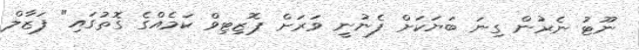
ނޫޓު ނެރުން ގިނަ ބަޔަކަށް ފެނުނީ ވަރަށް ޕޮޒިޓިވް ކަމެއްގެ ގޮތުގައި" ފަޒާލް